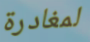
لمغادرة